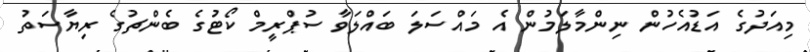
މިއަދުގެ އަޑުއެހުން ނިންމާލަމުން އެ މައްސަލަ ބައްލަވާ ސުޕްރީމް ކޯޓުގެ ބެންޗުގެ ރިޔާސަތު